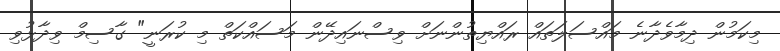
މިކަމުން ދިމާވެދާނެ މައްސަލަތައް ރައްޔިތުންނަށް ވިސްނައިދޭން މަސައްކަތް މި ކުރަނީ" ގާސިމް ވިދާޅުވި